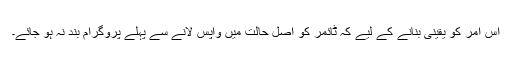
اس امر کو یقینی بنانے کے لیے کہ ٹائمر کو اصل حالت میں واپس لانے سے پہلے پروگرام بند نہ ہو جائے۔